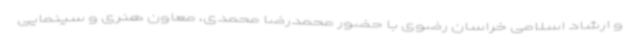
و ارشاد اسلامی خراسان رضوی با حضور محمدرضا محمدی، معاون هنری و سینمایی